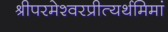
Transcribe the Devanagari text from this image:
श्रीपरमेश्वरप्रीत्यर्थमिमां